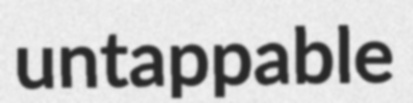
untappable